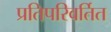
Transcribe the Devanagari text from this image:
प्रतिपरिवर्तित